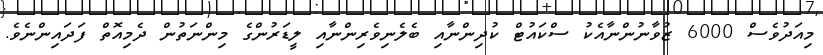
މިއަދުވެސް 6000 ޒުވާނުންނާއެކު ސްކައުޓް ކުދިންނާއި ބެލެނިވެރިންނާއި ލީޑަރުންގެ މިންނަތުން ދެމިއޮތް ފަދައިންނެވެ.